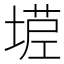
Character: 𰊒